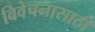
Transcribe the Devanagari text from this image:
विवेचनासाठी